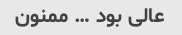
عالى بود … ممنون